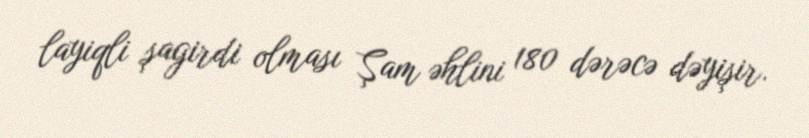
layiqli şagirdi olması Şam əhlini 180 dərəcə dəyişir.